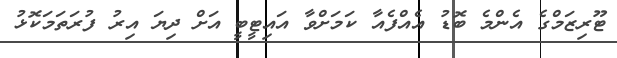
ޓޫރިޒަމްގެ އެންމެ ބޮޑު އެއްފެއާ ކަމަށްވާ އައިޓީބީ އަށް ދިޔަ އިރު ފުރަތަމަކޮޅު